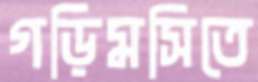
গড়িমসিতে